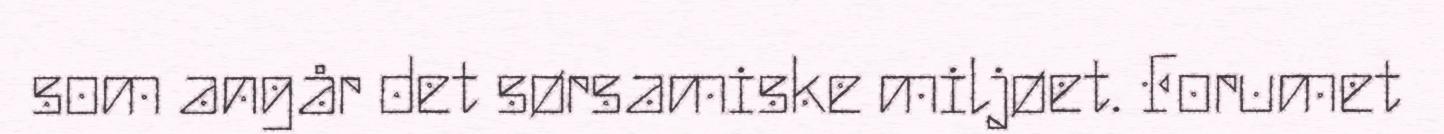
som angår det sørsamiske miljøet. Forumet